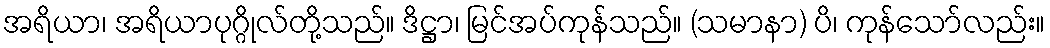
အရိယာ၊ အရိယာပုဂ္ဂိုလ်တို့သည်။ ဒိဋ္ဌာ၊ မြင်အပ်ကုန်သည်။ (သမာနာ) ပိ၊ ကုန်သော်လည်း။